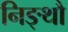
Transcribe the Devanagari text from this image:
निङ्थौ